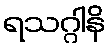
ရသဂ္ဂါနိ